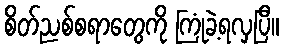
စိတ်ညစ်စရာတွေကို ကြုံခဲ့ရလှပြီ။